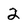
Character: 2